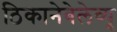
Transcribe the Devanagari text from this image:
ठिकानेबेलेव्यू